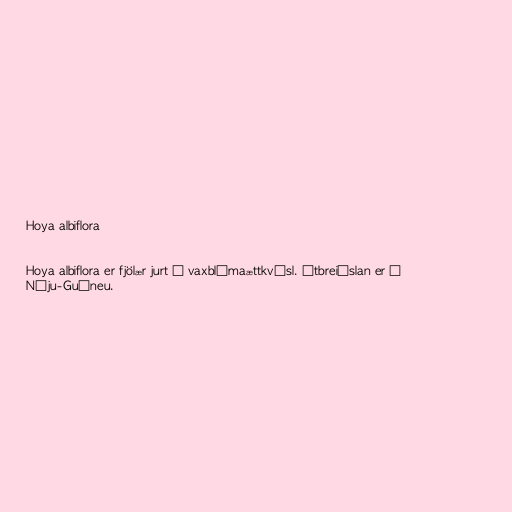
Hoya albiflora

Hoya albiflora er fjölær jurt í vaxblómaættkvísl. Útbreiðslan er í
Nýju-Guíneu.